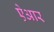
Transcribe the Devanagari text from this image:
ऐआर